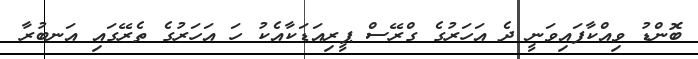
ބޮންޑު ވިއްކާފައިވަނީ ދެ އަހަރުގެ ގްރޭސް ޕީރިއަޑަކާއެކު ހަ އަހަރުގެ ތެރޭގައި އަނބުރާ